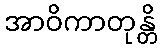
အာဝိကာတုန္တိ